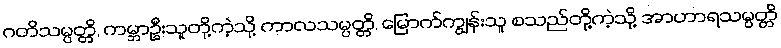
ဂတိသမ္ပတ္တိ, ကမ္ဘာဦးသူတို့ကဲ့သို့ ကာလသမ္ပတ္တိ, မြောက်ကျွန်းသူ စသည်တို့ကဲ့သို့ အာဟာရသမ္ပတ္တိ